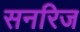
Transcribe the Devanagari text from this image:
सनरिज